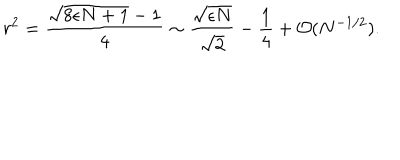
r ^ { 2 } = \frac { \sqrt { 8 \epsilon N + 1 } - 1 } { 4 } \sim \frac { \sqrt { \epsilon N } } { \sqrt { 2 } } - \frac { 1 } { 4 } + { \cal O } ( N ^ { - 1 / 2 } ) .